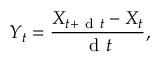
Y _ { t } = \frac { X _ { t + \mathrm { ~ d ~ } t } - X _ { t } } { \mathrm { ~ d ~ } t } ,